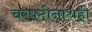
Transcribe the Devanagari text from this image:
चरपटीनाथही